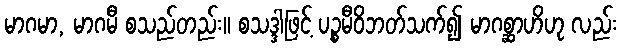
မာဂမာ, မာဂမီ စသည်တည်း။ စသဒ္ဒါဖြင့် ပဉ္စမီဝိဘတ်သက်၍ မာဂစ္ဆာဟိဟု လည်း